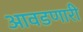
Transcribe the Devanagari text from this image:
आवडणारी